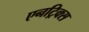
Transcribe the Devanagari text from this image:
एनट्रिक्स